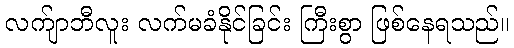
လက်ျာဘီလူး လက်မခံနိုင်ခြင်း ကြီးစွာ ဖြစ်နေရသည်။